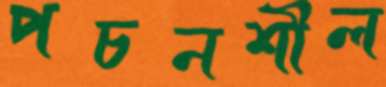
পচনশীল